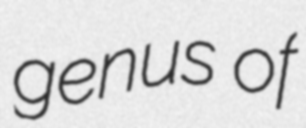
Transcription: genus of